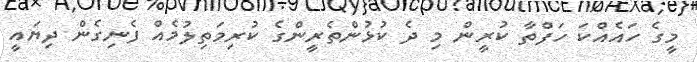
މީގެ ހައެއްކަ ހަފްތާ ކުރީން މި ދެ ކުޅުންތެރީންގެ ކުރިމަތިލުމެއް ފެނިގެން ދިޔައީ